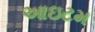
આઇટમ